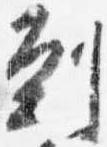
到